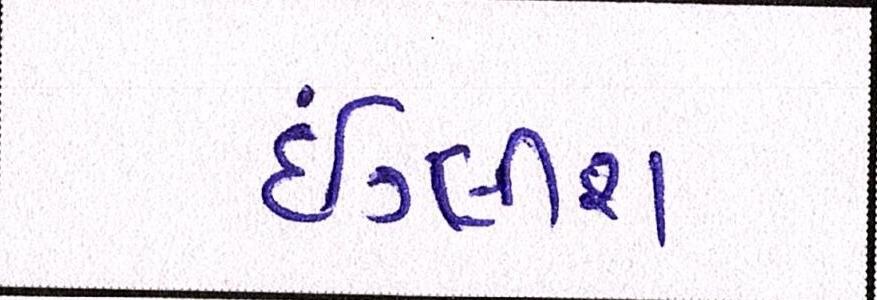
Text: ઇંગ્લીશ